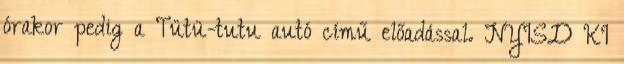
órakor pedig a Tütü-tutu autó című előadással. NYISD KI